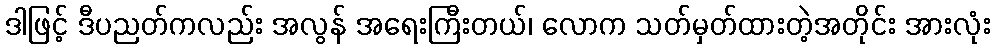
ဒါဖြင့် ဒီပညတ်ကလည်း အလွန် အရေးကြီးတယ်၊ လောက သတ်မှတ်ထားတဲ့အတိုင်း အားလုံး